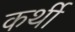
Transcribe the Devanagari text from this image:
कर्थी